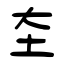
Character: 圶